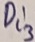
Text: Di3